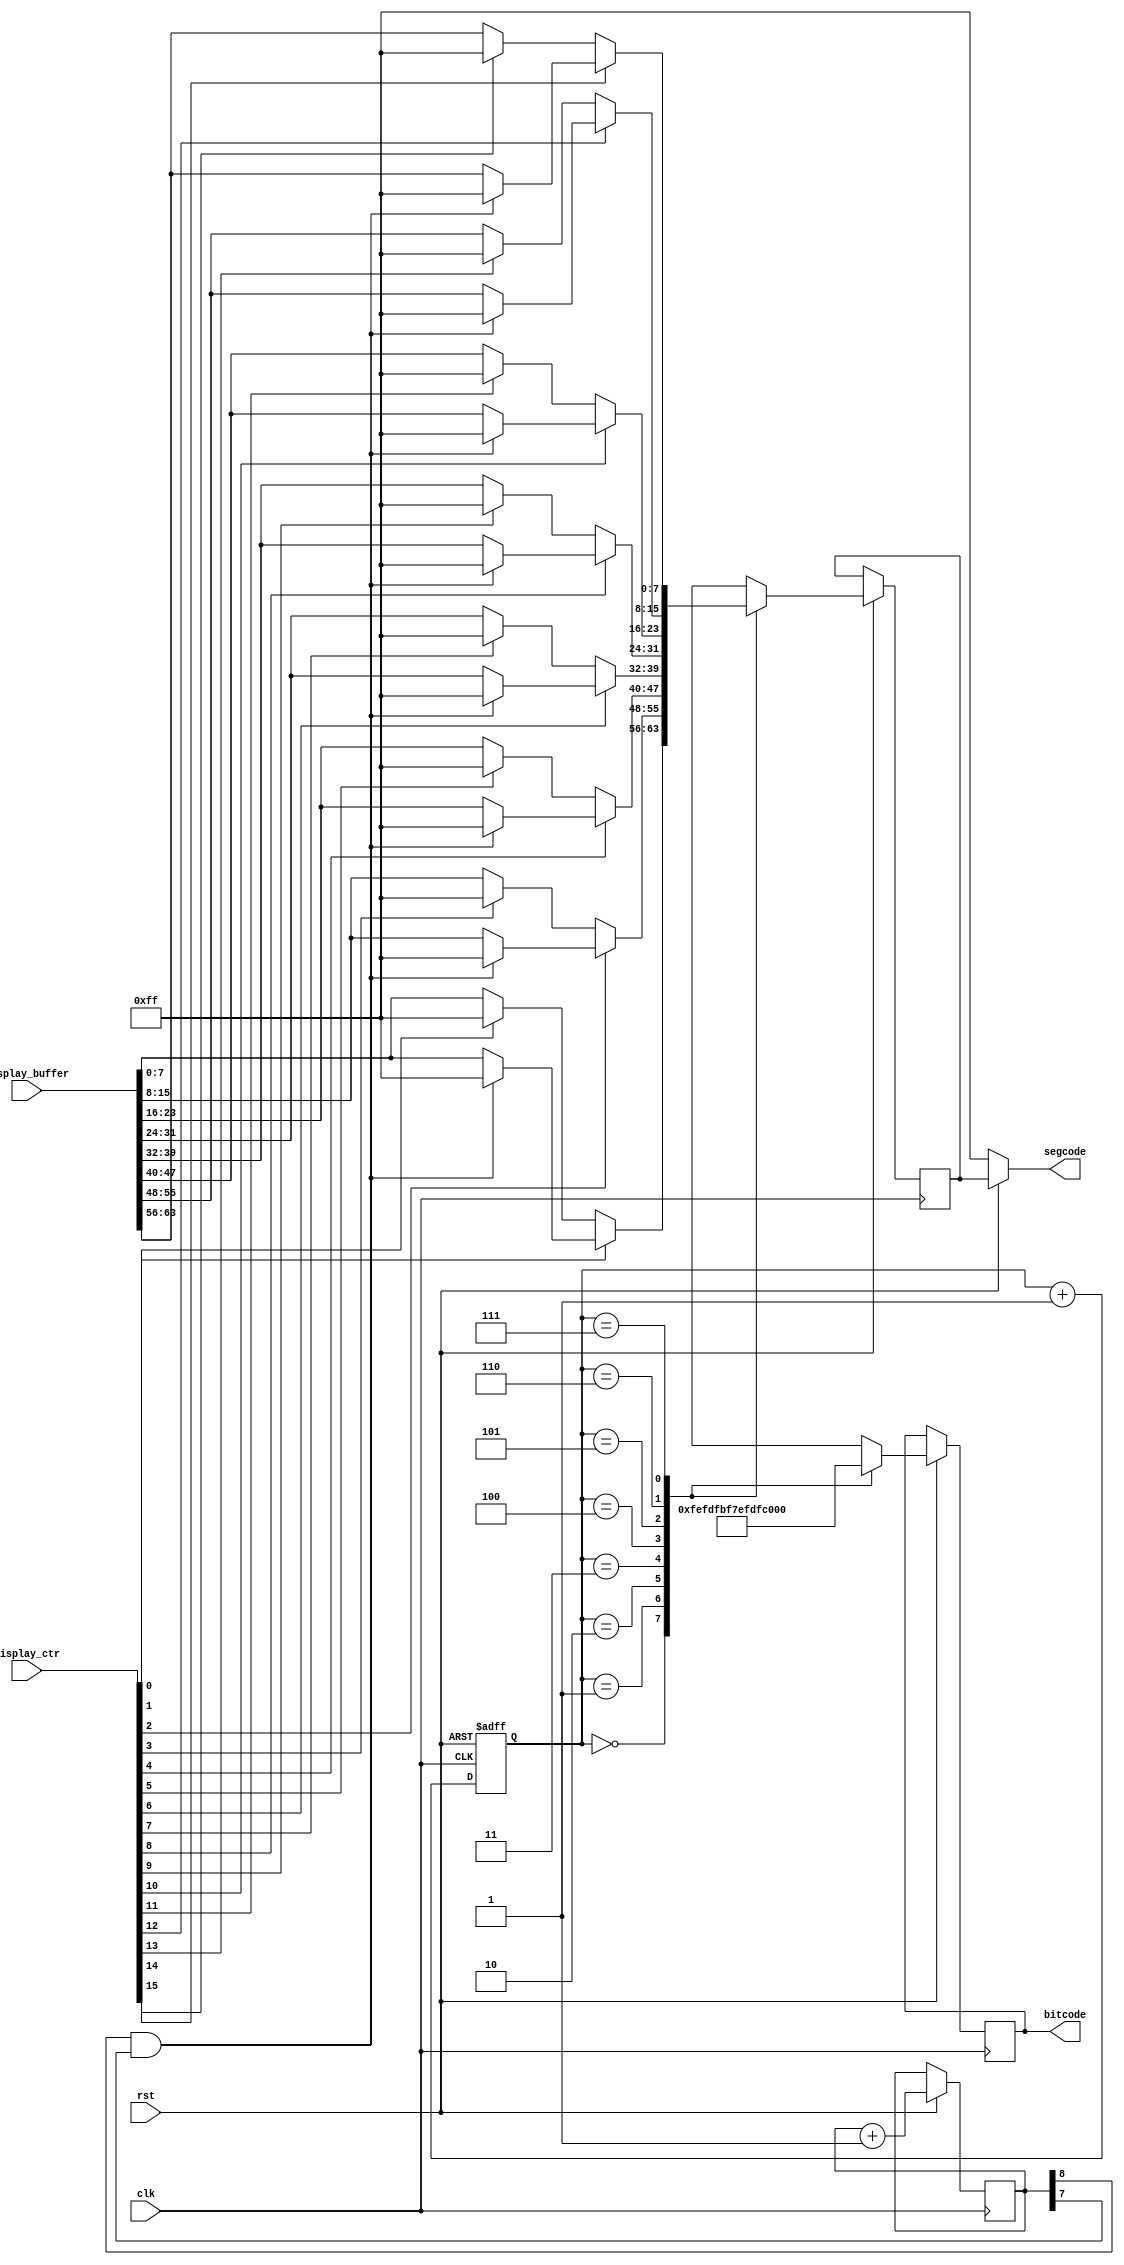
`timescale 1ns / 1ps
//////////////////////////////////////////////////////////////////////////////////
// Company: 
// Engineer: 
// 
// Design Name: 
// Module Name: display
// Project Name: 
// Target Devices: 
// Tool Versions: 
// Description: 
// 
// Dependencies: 
// 
// Revision:
// Revision 0.01 - File Created
// Additional Comments:
// 
//////////////////////////////////////////////////////////////////////////////////


module display(
    input clk,
    input rst,
    input [63:0] display_buffer,
    input [15:0] display_ctr,
    output [7:0] segcode,
    output reg [7:0] bitcode
    );
    reg [2:0] display_idx;
    reg [7:0] segcode_reg;
    reg [8:0] bling;
    assign segcode=rst?segcode_reg:8'b11111111;
    always@(posedge clk or negedge rst)
    begin
        if(!rst)
            display_idx<=0;
        else
        begin
            display_idx<=display_idx+1;
            bling<=bling+1;
            case(display_idx)
            3'b000:begin
                segcode_reg<=display_ctr[0]?
                    (!(bling[8]&bling[7])?display_buffer[7:0]:8'b11111111):
                    (display_ctr[1]?8'b11111111:display_buffer[7:0]);
                bitcode<=8'b11111110;
            end
            3'b001:begin
                segcode_reg<=display_ctr[2]?
                    (!(bling[8]&bling[7])?display_buffer[15:8]:8'b11111111):
                    (display_ctr[3]?8'b11111111:display_buffer[15:8]);
                bitcode<=8'b11111101;
            end
            3'b010:begin
                segcode_reg<=display_ctr[4]?
                    (!(bling[8]&bling[7])?display_buffer[23:16]:8'b11111111):
                    (display_ctr[5]?8'b11111111:display_buffer[23:16]);
                bitcode<=8'b11111011;
            end
            3'b011:begin
                segcode_reg<=display_ctr[6]?
                    (!(bling[8]&bling[7])?display_buffer[31:24]:8'b11111111):
                    (display_ctr[7]?8'b11111111:display_buffer[31:24]);
                bitcode<=8'b11110111;
            end
            3'b100:begin
                segcode_reg<=display_ctr[8]?
                    (!(bling[8]&bling[7])?display_buffer[39:32]:8'b11111111):
                    (display_ctr[9]?8'b11111111:display_buffer[39:32]);
                bitcode<=8'b11101111;
            end
            3'b101:begin
                segcode_reg<=display_ctr[10]?
                    (!(bling[8]&bling[7])?display_buffer[47:40]:8'b11111111):
                    (display_ctr[11]?8'b11111111:display_buffer[47:40]);
                bitcode<=8'b11011111;
            end
            3'b110:begin
                segcode_reg<=display_ctr[12]?
                    (!(bling[8]&bling[7])?display_buffer[55:48]:8'b11111111):
                    (display_ctr[13]?8'b11111111:display_buffer[55:48]);
                bitcode<=8'b10111111;
            end
            3'b111:begin
                segcode_reg<=display_ctr[14]?
                    (!(bling[8]&bling[7])?display_buffer[63:56]:8'b11111111):
                    (display_ctr[15]?8'b11111111:display_buffer[63:56]);
                bitcode<=8'b01111111;
            end
            endcase
        end
    end
endmodule